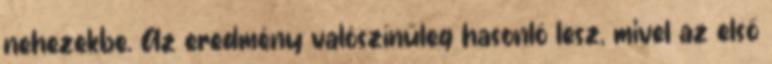
nehezekbe. Az eredmény valószínűleg hasonló lesz, mivel az első